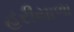
હરીયાળા